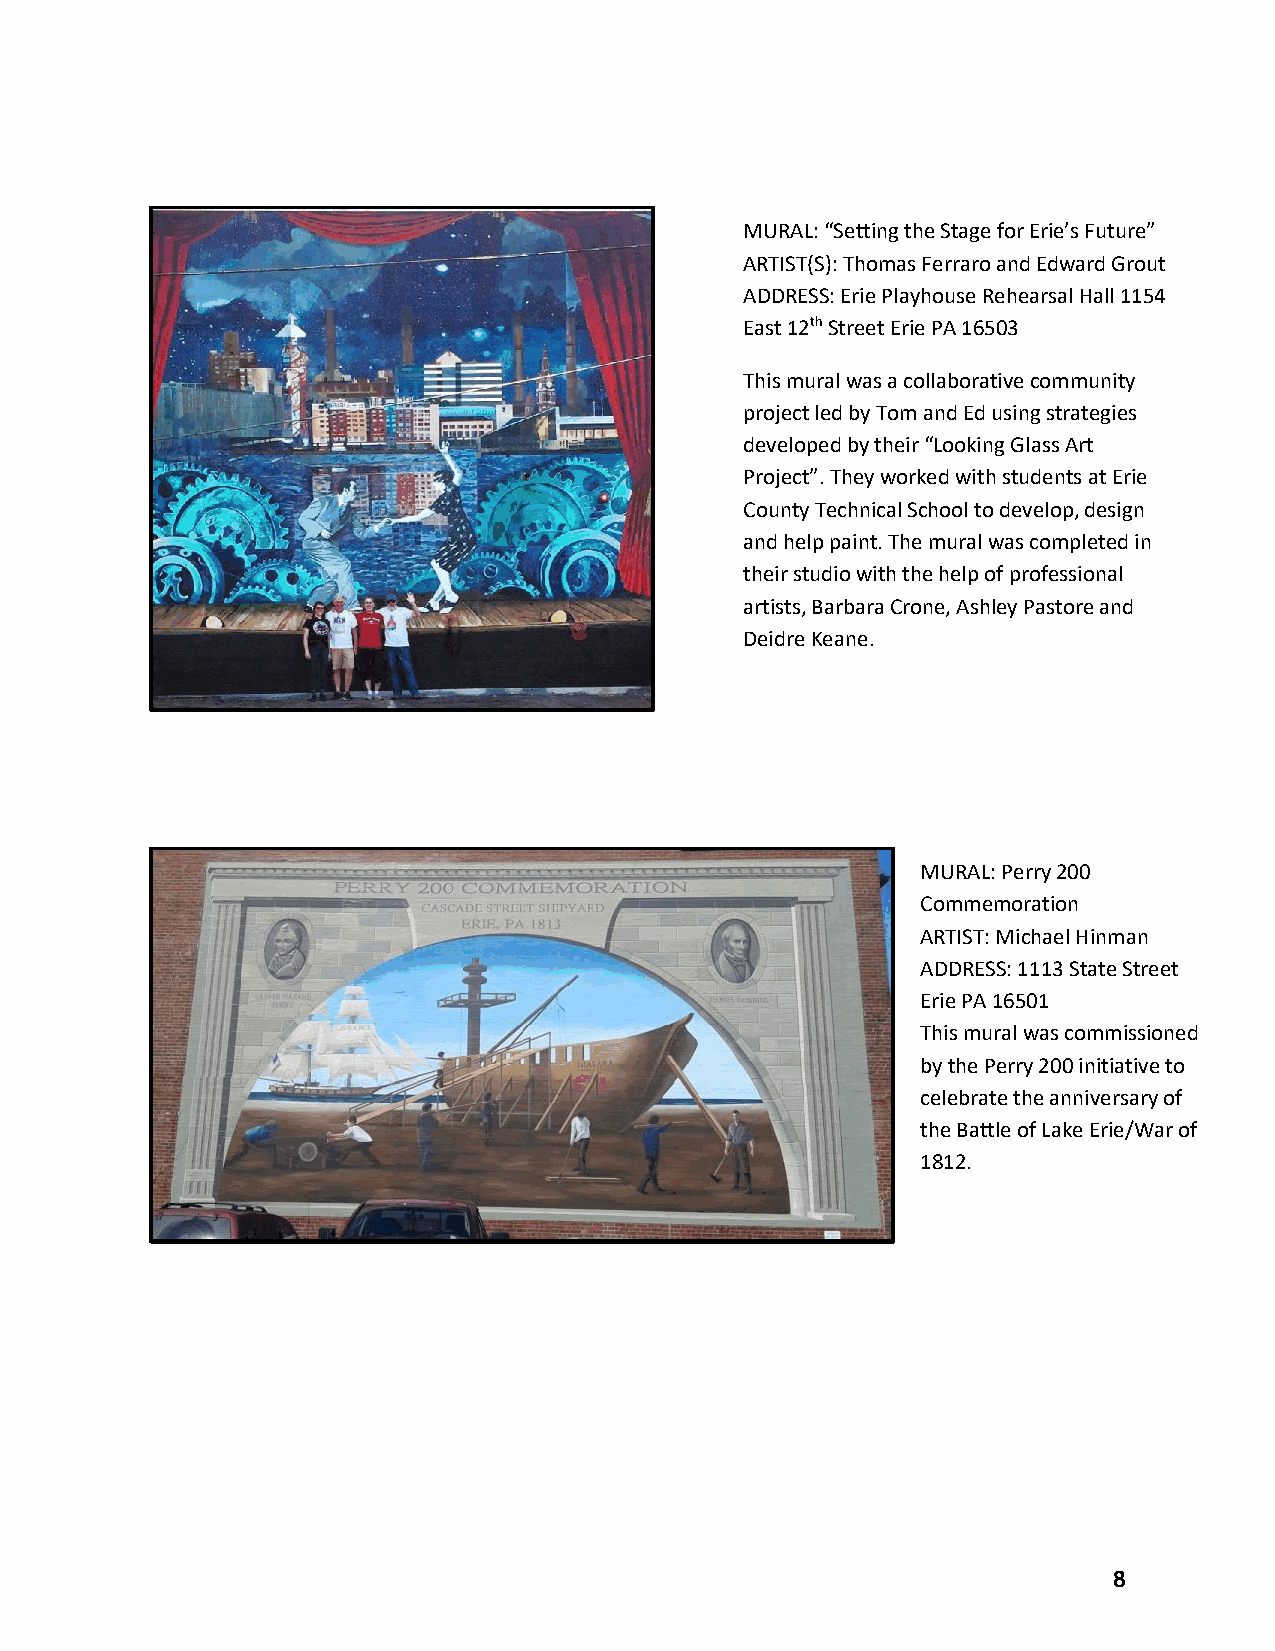
MURAL: “Setting the Stage for Erie’s Future”
 ARTIST(S): Thomas Ferraro and Edward Grout
 ADDRESS: Erie Playhouse Rehearsal Hall 1154
 East 12th Street Erie PA 16503
 This mural was a collaborative community
 project led by Tom and Ed using strategies
 developed by their “Looking Glass Art
 Project”. They worked with students at Erie
 County Technical School to develop, design
 and help paint. The mural was completed in
 their studio with the help of professional
 artists, Barbara Crone, Ashley Pastore and
 Deidre Keane.
 MURAL: Perry 200
 Commemoration
 ARTIST: Michael Hinman
 ADDRESS: 1113 State Street
 Erie PA 16501
 This mural was commissioned
 by the Perry 200 initiative to
 celebrate the anniversary of
 the Battle of Lake Erie/War of
 1812.
 8